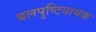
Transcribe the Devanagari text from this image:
बलपुष्टिदायक